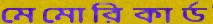
মেমোরিকার্ড